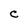
Character: C